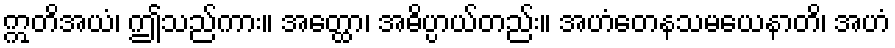
ဣတိအယံ၊ ဤသည်ကား။ အတ္ထော၊ အဓိပ္ပာယ်တည်း။ အဟံတေနသမယေနာတိ၊ အဟံ